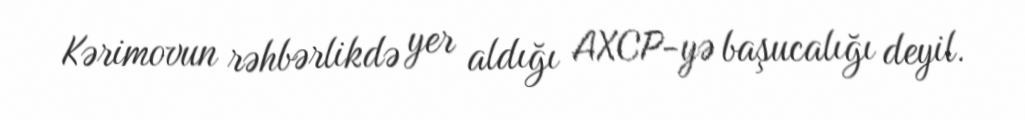
Kərimovun rəhbərlikdə yer aldığı AXCP-yə başucalığı deyil.